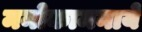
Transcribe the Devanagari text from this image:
मनोकामनाये